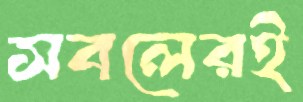
সবলেরই